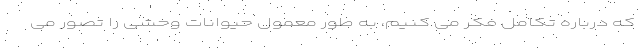
که درباره تکامل فکر می کنیم، به طور معمول حیوانات وحشی را تصور می